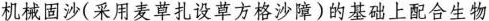
机械固沙(采用麦草扎设草方格沙障)的基础上配合生物